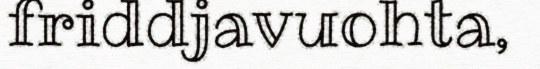
friddjavuohta,